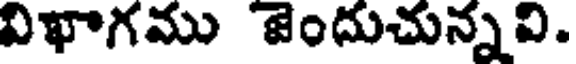
విఖాగము జెందుచున్నవి.